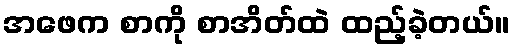
အဖေက စာကို စာအိတ်ထဲ ထည့်ခဲ့တယ်။